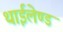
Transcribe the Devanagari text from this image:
थाईलेण्ड